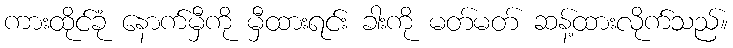
ကားထိုင်ခုံ နောက်မှီကို မှီထားရင်း ခါးကို မတ်မတ် ဆန့်ထားလိုက်သည်။